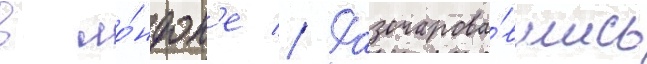
в ло́ндон'е // Разочарова́вшись